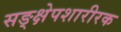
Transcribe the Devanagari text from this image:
सङ्क्षेपशारीरक